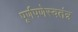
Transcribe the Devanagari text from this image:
पूर्णपणेस्वतंत्र